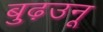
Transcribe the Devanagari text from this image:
बुढ़उनू